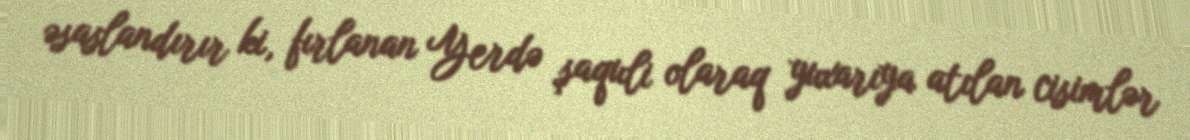
əsaslandırır ki, fırlanan Yerdə şaquli olaraq yuxarıya atılan cisimlər